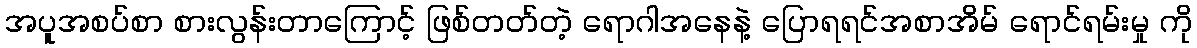
အပူအစပ်စာ စားလွန်းတာကြောင့် ဖြစ်တတ်တဲ့ ရောဂါအနေနဲ့ ပြောရရင်အစာအိမ် ရောင်ရမ်းမှု ကို